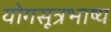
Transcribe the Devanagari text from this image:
योगसूत्रभाष्य